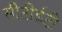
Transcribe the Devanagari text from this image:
सीटीईटी